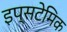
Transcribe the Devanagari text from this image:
इप्सटेमिक